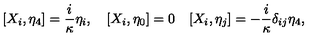
[ X _ { i } , \eta _ { 4 } ] = \frac { i } \kappa \eta _ { i } , \quad [ X _ { i } , \eta _ { 0 } ] = 0 \quad [ X _ { i } , \eta _ { j } ] = - \frac { i } \kappa \delta _ { i j } \eta _ { 4 } ,